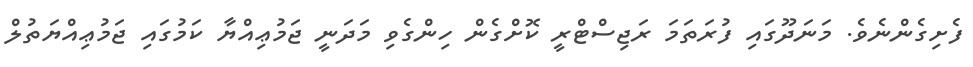
ފެށިގެންނެވެ. މަނަދޫގައި ފުރަތަމަ ރަޖިސްޓްރީ ކޮށްގެން ހިންގެވި މަދަނީ ޖަމުޢިއްޔާ ކަމުގައި ޖަމުޢިއްޔަތުލް